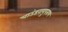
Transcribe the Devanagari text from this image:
चाउंडरायुपराण